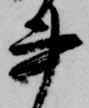
書